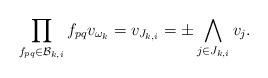
LaTeX: \begin{align*}\prod_{f_{pq}\in\mathcal{B}_{k,i}} f_{pq}v_{\omega_k}= v_{J_{k,i}}=\pm \bigwedge_{j\in J_{k,i}} v_j.\end{align*}